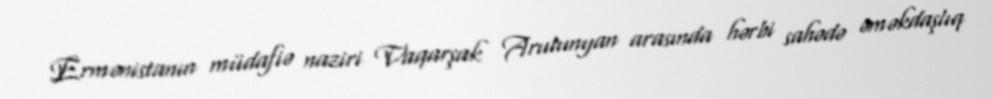
Ermənistanın müdafiə naziri Vaqarşak Arutunyan arasında hərbi sahədə əməkdaşlıq